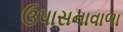
ઉપાસનાવાળા